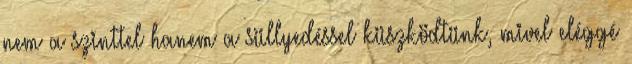
nem a szinttel hanem a süllyedéssel küszködtünk, mivel eléggé